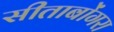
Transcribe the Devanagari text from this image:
सीताबोंगरा